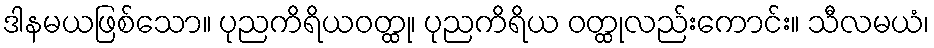
ဒါနမယဖြစ်သော။ ပုညကိရိယဝတ္ထု၊ ပုညကိရိယ ဝတ္ထုလည်းကောင်း။ သီလမယံ၊